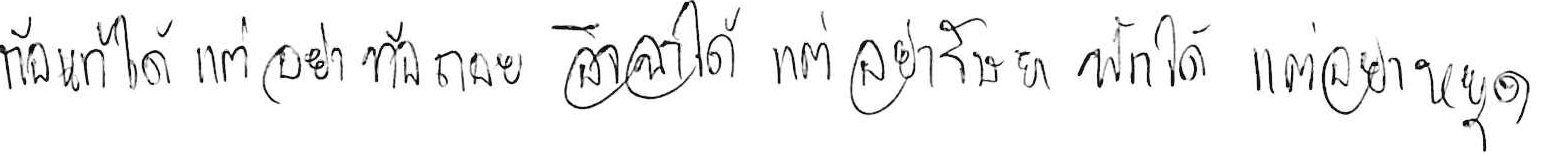
ท้อแท้ได้ แต่อย่าท้อถอย อิจฉาได้ แต่อย่าริษยา พักได้ แต่อย่าหยุด